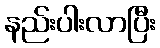
နည်းပါးလာပြီး